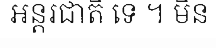
អន្តរជាតិ ទេ ។ មិន